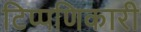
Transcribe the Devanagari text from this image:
टिप्पणिकारी